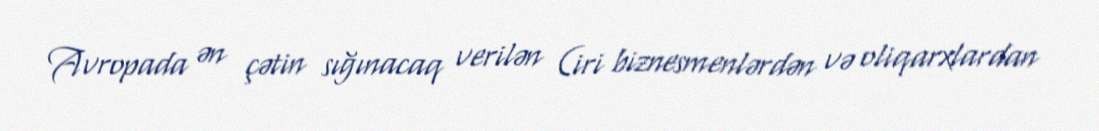
Avropada ən çətin sığınacaq verilən (iri biznesmenlərdən və oliqarxlardan